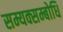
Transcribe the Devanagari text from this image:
सम्यक्सम्बोधि